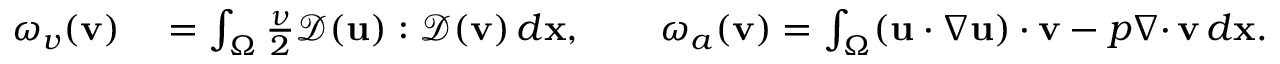
\begin{array} { r l } { \omega _ { v } ( { \mathbf v } ) } & { { } = \int _ { \Omega } \frac { \nu } { 2 } { \mathcal { D } } ( { \mathbf u } ) : { \mathcal { D } } ( { \mathbf v } ) \, d { \mathbf x } , \qquad \omega _ { a } ( { \mathbf v } ) = \int _ { \Omega } ( { \mathbf u } \cdot \nabla { \mathbf u } ) \cdot { \mathbf v } - p { { \nabla \cdot } \, } { \mathbf v } \, d { \mathbf x } . } \end{array}